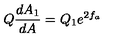
Q \frac { d A _ { 1 } } { d A } = Q _ { 1 } e ^ { 2 f _ { a } }